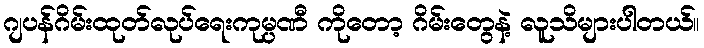
ဂျပန်ဂိမ်းထုတ်လုပ်ရေးကုမ္ပဏီ ကိုတော့ ဂိမ်းတွေနဲ့ လူသိများပါတယ်။